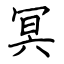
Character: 冥